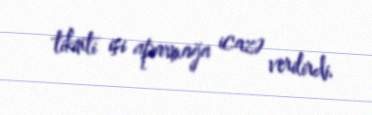
tikinti işi aparmağa icazə verilirdi.